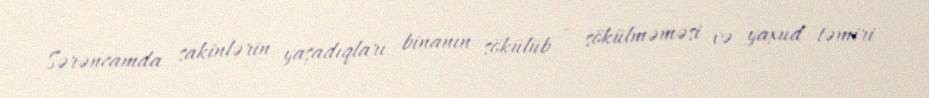
Sərəncamda sakinlərin yaşadıqları binanın sökülüb - sökülməməsi və yaxud təmiri